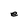
Character: e